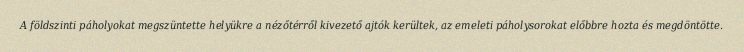
A földszinti páholyokat megszüntette helyükre a nézőtérről kivezető ajtók kerültek, az emeleti páholysorokat előbbre hozta és megdöntötte.